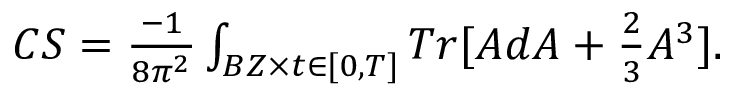
\begin{array} { r } { C S = \frac { - 1 } { 8 \pi ^ { 2 } } \int _ { B Z \times t \in [ 0 , T ] } T r [ A d A + \frac { 2 } { 3 } A ^ { 3 } ] . } \end{array}